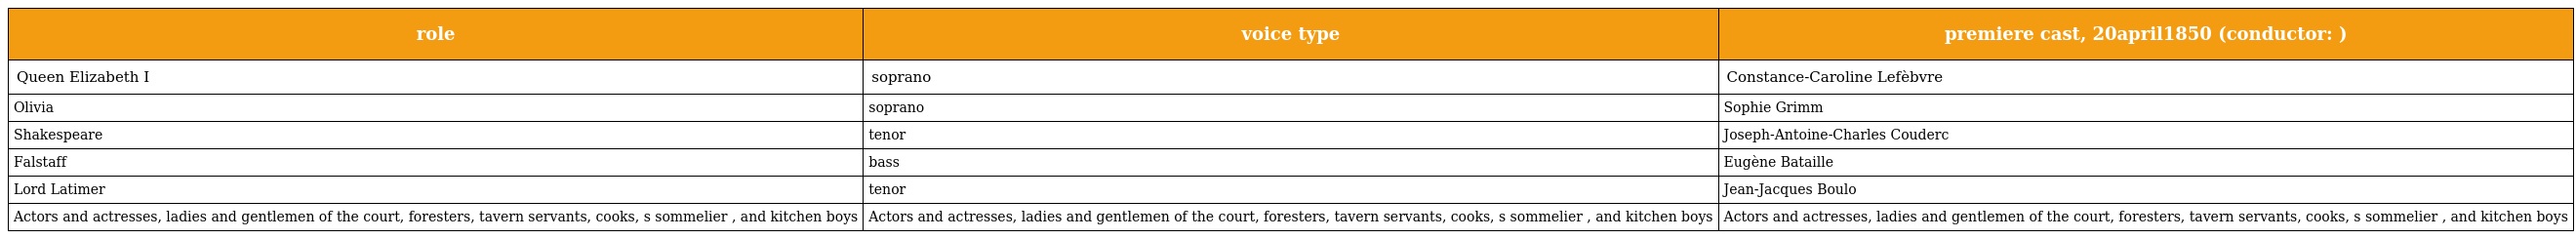
| role | voice type | premiere cast, 20april1850 (conductor: ) |
 | --- | --- | --- |
 | Queen Elizabeth I | soprano | Constance-Caroline Lefèbvre |
 | Olivia | soprano | Sophie Grimm |
 | Shakespeare | tenor | Joseph-Antoine-Charles Couderc |
 | Falstaff | bass | Eugène Bataille |
 | Lord Latimer | tenor | Jean-Jacques Boulo |
 | Actors and actresses, ladies and gentlemen of the court, foresters, tavern servants, cooks, s sommelier , and kitchen boys | Actors and actresses, ladies and gentlemen of the court, foresters, tavern servants, cooks, s sommelier , and kitchen boys | Actors and actresses, ladies and gentlemen of the court, foresters, tavern servants, cooks, s sommelier , and kitchen boys |